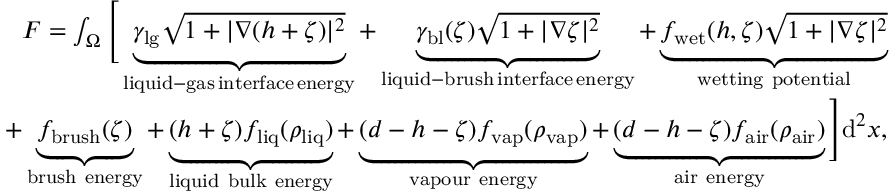
\begin{array} { r } { F = \int _ { \Omega } \Bigg [ \underbrace { \gamma _ { \mathrm { l g } } { \sqrt { 1 + | \nabla ( h + \zeta ) | ^ { 2 } } } } _ { \mathrm { l i q u i d - g a s \, i n t e r f a c e \, e n e r g y } } + \underbrace { \gamma _ { \mathrm { b l } } ( \zeta ) \sqrt { 1 + | \nabla \zeta | ^ { 2 } } } _ { \mathrm { l i q u i d - b r u s h \, i n t e r f a c e \, e n e r g y } } + \underbrace { f _ { \mathrm { w e t } } ( h , \zeta ) \sqrt { 1 + | \nabla \zeta | ^ { 2 } } } _ { \mathrm { w e t t i n g ~ p o t e n t i a l } } } \\ { + \underbrace { f _ { \mathrm { b r u s h } } ( \zeta ) } _ { \mathrm { b r u s h ~ e n e r g y } } + \underbrace { ( h + \zeta ) f _ { \mathrm { l i q } } ( \rho _ { \mathrm { l i q } } ) } _ { \mathrm { l i q u i d ~ b u l k ~ e n e r g y } } + \underbrace { ( d - h - \zeta ) f _ { \mathrm { v a p } } ( \rho _ { \mathrm { v a p } } ) } _ { \mathrm { v a p o u r ~ e n e r g y } } + \underbrace { ( d - h - \zeta ) f _ { \mathrm { a i r } } ( \rho _ { \mathrm { a i r } } ) } _ { \mathrm { a i r ~ e n e r g y } } \Bigg ] \mathrm { d } ^ { 2 } x , } \end{array}